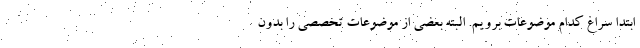
ابتدا سراغ کدام موضوعات برویم. البته بعضی از موضوعات تخصصی را بدون